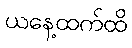
ယနေ့ထက်ထိ